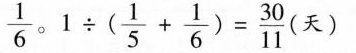
\frac {1}{6}。 $$1 \div ( \frac { 1 } { 5 } + \frac { 1 } { 6 } ) = \frac { 3 0 } { 1 1 } ( 天 )$$